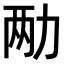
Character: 𫦩